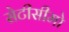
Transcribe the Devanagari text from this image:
सेटीसीमो